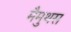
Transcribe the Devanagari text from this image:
मैमुथस